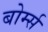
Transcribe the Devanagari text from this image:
बोर्म्स